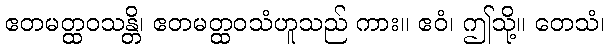
ဧတမတ္ထဝသန္တိ၊ ဧတမတ္ထဝသံဟူသည် ကား။ ဧဝံ၊ ဤသို့။ တေသံ၊